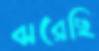
ঝরেছি